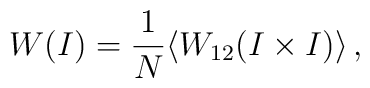
W(I) = \frac{1}{N} \langle W_{12}(I \times I) \rangle \,,